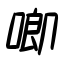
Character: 喞